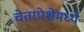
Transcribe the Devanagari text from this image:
चेतापेशेमध्ये